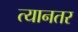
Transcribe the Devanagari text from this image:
त्यानतर